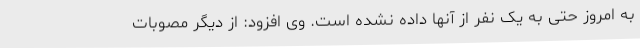
به امروز حتی به یک نفر از آنها داده نشده است. وی افزود: از دیگر مصوبات